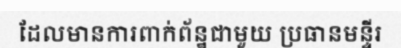
ដែលមានការពាក់ព័ន្ឋជាមួយ ប្រធានមន្ទីរ